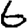
Digit: 6